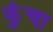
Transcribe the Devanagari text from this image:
कुंचा